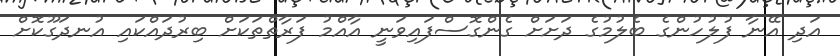
އަދި އޭނާ ފުލުހުންގެ ބެލުމުގެ ދަށަށް ގެންގޮސްފައިވަނީ އާއްމު ފަރާތްތަކަށް ބިރުދައްކައި އުނދަގޫކޮށް